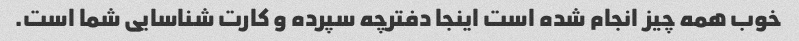
خوب همه چیز انجام شده است اینجا دفترچه سپرده و کارت شناسایی شما است.